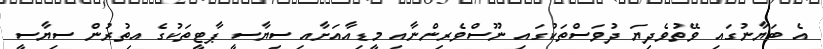
އެ ބަޔާނުގައި ވޭތުވެދިޔަ ދުވަސްތަކުގައި ނޫސްވެރިންނާއި މީޑިއާއަށާއި ސިޔާސީ ޕާޓީތަކުގެ އިތުރުން ސިޔާސީ